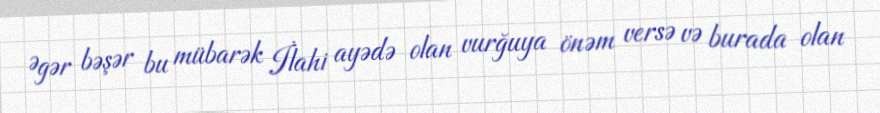
Əgər bəşər bu mübarək İlahi ayədə olan vurğuya önəm versə və burada olan